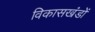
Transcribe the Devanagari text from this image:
विकासखंडों